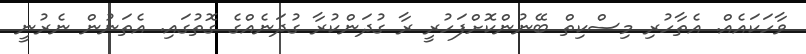
ވާހަކައެއް. އެތާހުރި މިސްކިތް ބޭނުންކޮށްފަހުރީ ރާ ގުދަންކުރާ ގުދަނެއްގެ ގޮތުގައި. އެތަނުން ނެރުނީ